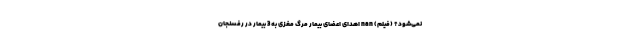
نمی‌شود؟ (فیلم) nan اهدای اعضای بیمار مرگ مغزی به 3 بیمار در رفسنجان